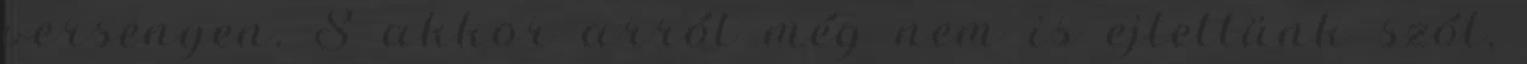
versenyen. S akkor arról még nem is ejtettünk szót,